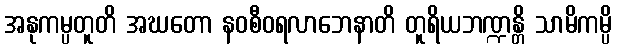
အနုကမ္ပတူတိ အဃတော နဝစီဝရလာဘေနာတိ တူရိယဘဏ္ဍန္တိ သာမိကမ္ပိ